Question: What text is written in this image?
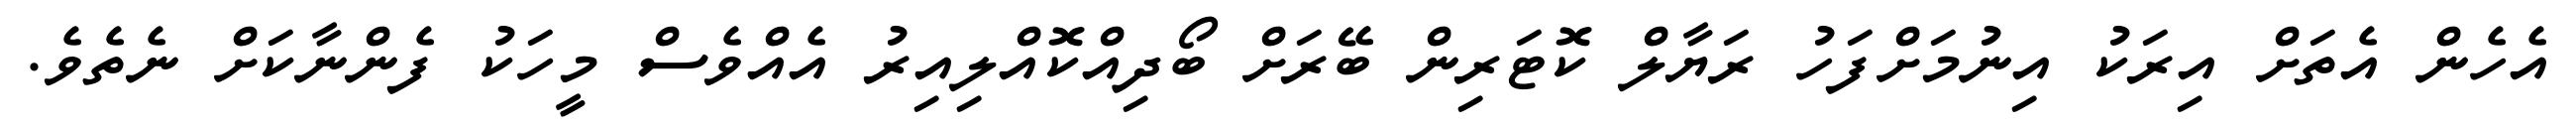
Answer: އެހެން އެތަށް އިރަކު އިނުމަށްފަހު ރަޔާލް ކޮޓަރިން ބޭރަށް ބޯދިއްކޮއްލިއިރު އެއްވެސް މީހަކު ފެންނާކަށް ނެތެވެ.